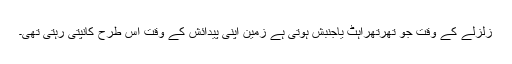
زلزلے کے وقت جو تھرتھراہٹ یاجنبش ہوتی ہے زمین اپنی پیدائش کے وقت اس طرح کانپتی رہتی تھی۔